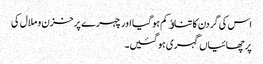
اس کی گردن کا تناﺅ کم ہو گیا اور چہرے پر خزن و ملال کی
پرچھائیاں گہری ہو گئیں۔